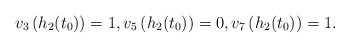
\begin{align*}v_3\left( h_2(t_0) \right) = 1, v_5\left( h_2(t_0) \right) = 0, v_7\left( h_2(t_0) \right) = 1.\end{align*}